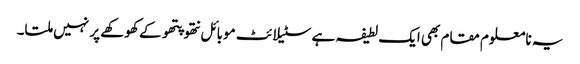
یہ نامعلوم مقام بھی ایک لطیفہ ہے سٹیلائٹ موبائل نتھو پتھو کے کھوکھے پر نہیں ملتا۔